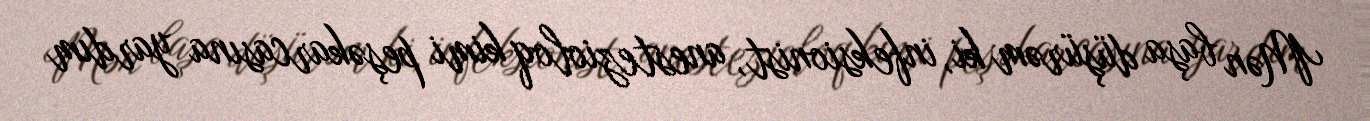
Mən başa düşürəm ki, infeksionist, anestezioloq kimi peşəkarcasına yardım